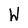
Character: W